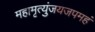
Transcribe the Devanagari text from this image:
महामृत्युंजयजपमहं